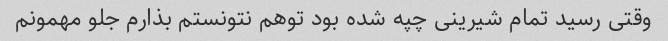
وقتی رسید تمام شیرینی چپه شده بود توهم نتونستم بذارم جلو مهمونم